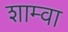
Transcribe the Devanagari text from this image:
शाम्वा